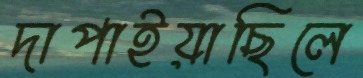
দাপাইয়াছিলে